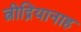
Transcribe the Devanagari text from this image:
त्नीद्रियानाह